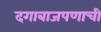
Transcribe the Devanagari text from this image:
दगाबाजपणाची